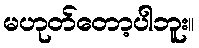
မဟုတ်တော့ပါဘူး။